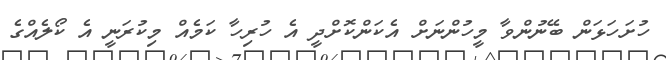
ހުށަހަޅަން ބޭނުންވާ މީހުންނަށް އެކަންކޮށްދީ އެ ހުރިހާ ކަމެއް މިކުރަނީ އެ ކޯލެއްގެ